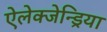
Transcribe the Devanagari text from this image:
ऐलेक्जेन्ड्रिया